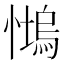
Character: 𱟒